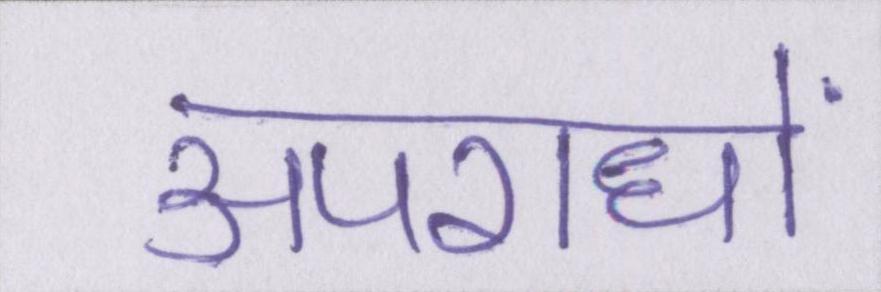
अपराधों